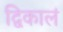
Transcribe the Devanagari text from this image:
द्विकालं